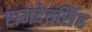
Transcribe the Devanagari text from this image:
रामदेवसिंह